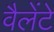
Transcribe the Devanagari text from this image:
वैलेंटे